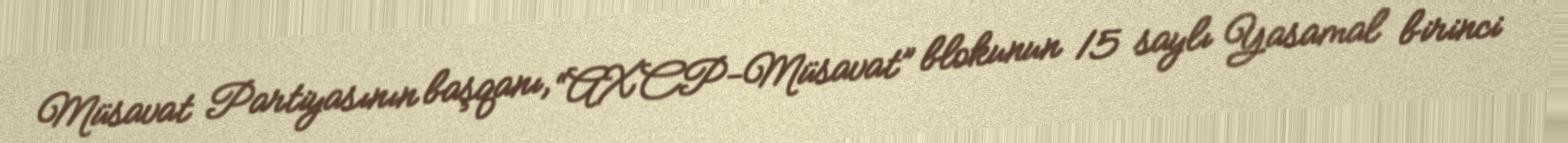
Müsavat Partiyasının başqanı, “AXCP-Müsavat” blokunun 15 saylı Yasamal birinci